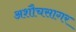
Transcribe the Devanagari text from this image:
अशौचसागर